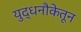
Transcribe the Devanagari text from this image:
युद्धनौकेतून